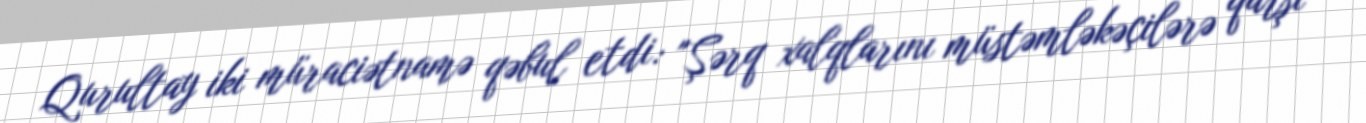
Qurultay iki müraciətnamə qəbul etdi: "Şərq xalqlarını müstəmləkəçilərə qarşı